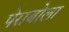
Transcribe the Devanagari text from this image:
पेराबोला